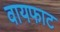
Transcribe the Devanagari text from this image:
वायफाट